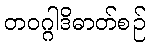
တဝဂ္ဂါဒိဓာတ်စဉ်